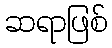
ဆရာဖြစ်